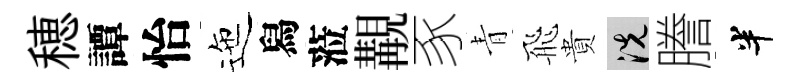
穂譚怡迤舄蒞覯豕青飛貴洗謄半